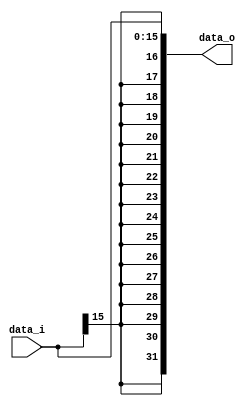
// 0716089
//Subject:     CO project 2 - Sign extend
//--------------------------------------------------------------------------------
//Version:     1
//--------------------------------------------------------------------------------
//Writer:      
//----------------------------------------------
//Date:        
//----------------------------------------------
//Description: 
//--------------------------------------------------------------------------------
`timescale 1ns/1ps
module Sign_Extend(
    data_i,
    data_o
    );
               
//I/O ports
input   [16-1:0] data_i;
output  [32-1:0] data_o;

//Internal Signals
reg     [32-1:0] data_o;

//Sign extended
 always @(*) begin
     data_o = { {16{data_i[15]}},data_i}; 
 end
endmodule